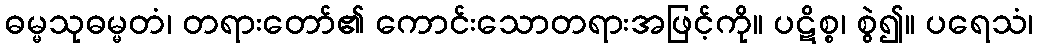
ဓမ္မသုဓမ္မတံ၊ တရားတော်၏ ကောင်းသောတရားအဖြင့်ကို။ ပဋိစ္စ၊ စွဲ၍။ ပရေသံ၊